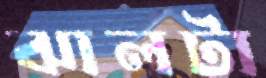
ঝালটা